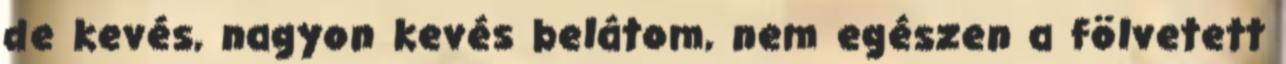
de kevés, nagyon kevés belátom, nem egészen a fölvetett